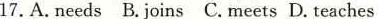
17.A.Needs B.Joins C.Meets D. Teaches